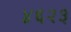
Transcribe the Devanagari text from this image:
४६२३